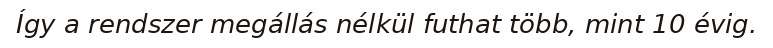
Így a rendszer megállás nélkül futhat több, mint 10 évig.